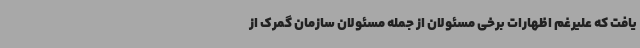
یافت که علیرغم اظهارات برخی مسئولان از جمله مسئولان سازمان گمرک از